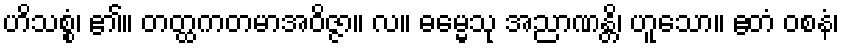
ဟိသစ္စံ၊ ၏။ တတ္ထကတမာအဝိဇ္ဇာ။ လ။ ဓမ္မေသု အညာဏန္တိ၊ ဟူသော။ ဧတံ ဝစနံ၊